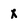
Character: x